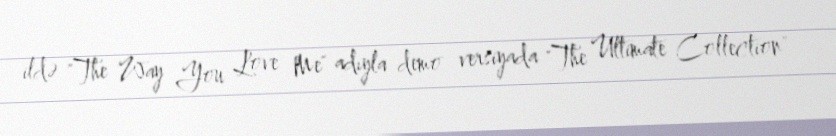
ildə "The Way You Love Me" adıyla demo versiyada "The Ultimate Collection"